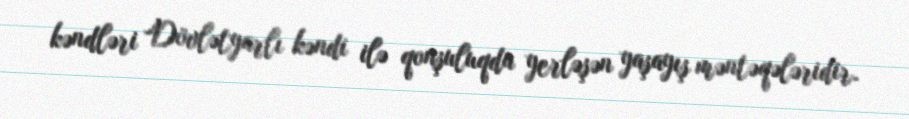
kəndləri Dövlətyarlı kəndi ilə qonşuluqda yerləşən yaşayış məntəqələridir.